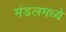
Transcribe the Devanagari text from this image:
मंडलमध्ये